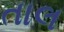
તાલ